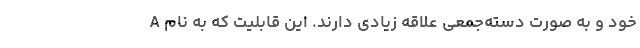
خود و به صورت دسته‌جمعی علاقه زیادی دارند. این قابلیت که به نام A